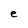
Character: e